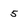
Character: 5